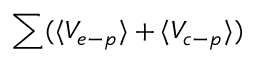
\sum ( \langle V _ { e - p } \rangle + \langle V _ { c - p } \rangle )